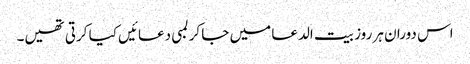
اس دوران ہر روز بیت الدعا میں جا کر لمبی دعائیں کیا کرتی تھیں۔